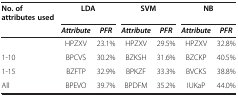
| No. of attributes used | <COLSPAN=2> LDA | <COLSPAN=2> SVM | <COLSPAN=2> NB |
 |  | Attribute | PFR | Attribute | PFR | Attribute | PFR |
 | --- | --- | --- | --- | --- | --- | --- |
 |  | HPZXV | 23.1% | HPZXV | 29.5% | HPZXV | 32.8% |
 | 1-10 | BPCVS | 30.2% | BZKSH | 31.6% | BZCKP | 40.5% |
 | 1-15 | BZFTP | 32.9% | BPKZF | 33.3% | BVCKS | 38.8% |
 | All | BPEVO | 39.7% | BPDFM | 35.2% | IUKaP | 44.0% |